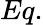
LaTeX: Eq.